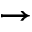
\rightarrow